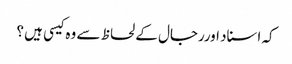
کہ اسناد اوررجال کے لحاظ سے وہ کیسی ہیں ؟